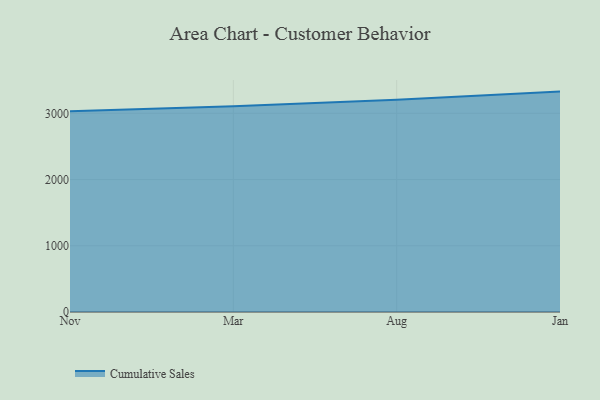
{"axis": {"x": "Month", "y": "LTV (USD)"}, "legend": ["Cumulative Sales"], "data": [{"x": "Nov", "y": 3031.1, "type": "Cumulative Sales"}, {"x": "Mar", "y": 3105.0, "type": "Cumulative Sales"}, {"x": "Aug", "y": 3204.9, "type": "Cumulative Sales"}, {"x": "Jan", "y": 3327.6, "type": "Cumulative Sales"}]}